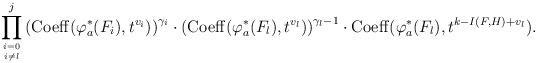
LaTeX: \begin{align*}\prod_{i=0\atop i\neq l}^{j}\left ({\rm Coeff}(\varphi^*_{a}(F_i),t^{v_i})\right )^{\gamma_i}\cdot \left ({\rm Coeff}(\varphi^*_{a}(F_l),t^{v_l})\right )^{\gamma_{l}-1}\cdot {\rm Coeff}(\varphi^*_{a}(F_l),t^{k-I(F,H)+v_l}).\end{align*}